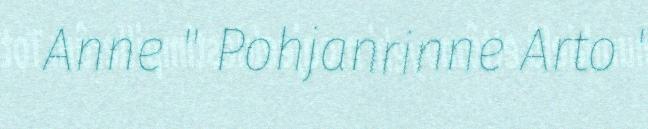
Anne " Pohjanrinne Arto "